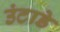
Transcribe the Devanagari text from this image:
उंटाडे